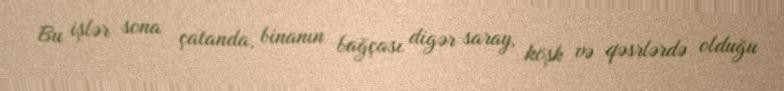
Bu işlər sona çatanda, binanın bağçası digər saray, köşk və qəsrlərdə olduğu